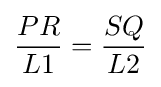
{\dfrac {PR}{L1}}={\dfrac {SQ}{L2}}